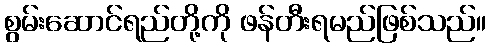
စွမ်းဆောင်ရည်တို့ကို ဖန်တီးရမည်ဖြစ်သည်။